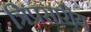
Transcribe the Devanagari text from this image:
त्रिप्रसारीय